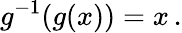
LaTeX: g^{-1}(g(x))=x\, .